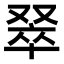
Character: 𫩅